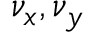
\nu _ { x } , \nu _ { y }